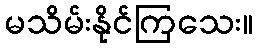
မသိမ်းနိုင်ကြသေး။